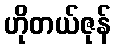
ဟိုတယ်ဇုန်